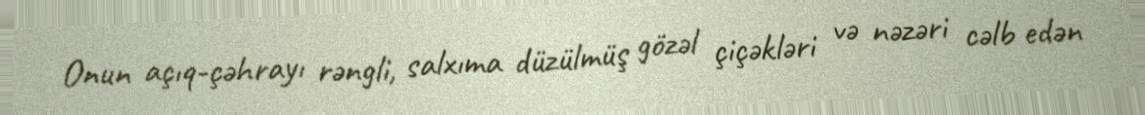
Onun açıq-çəhrayı rəngli, salxıma düzülmüş gözəl çiçəkləri və nəzəri cəlb edən